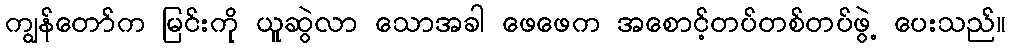
ကျွန်တော်က မြင်းကို ယူဆွဲလာ သောအခါ ဖေဖေက အစောင့်တပ်တစ်တပ်ဖွဲ့ ပေးသည်။